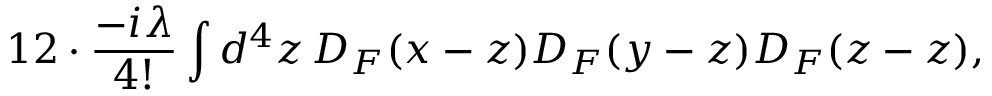
1 2 \cdot { \frac { - i \lambda } { 4 ! } } \int d ^ { 4 } z \, D _ { F } ( x - z ) D _ { F } ( y - z ) D _ { F } ( z - z ) ,